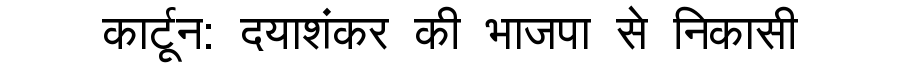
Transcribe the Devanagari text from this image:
कार्टून: दयाशंकर की भाजपा से निकासी